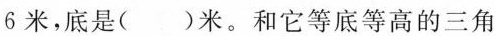
6米，底是()米。和它等底等高的三角